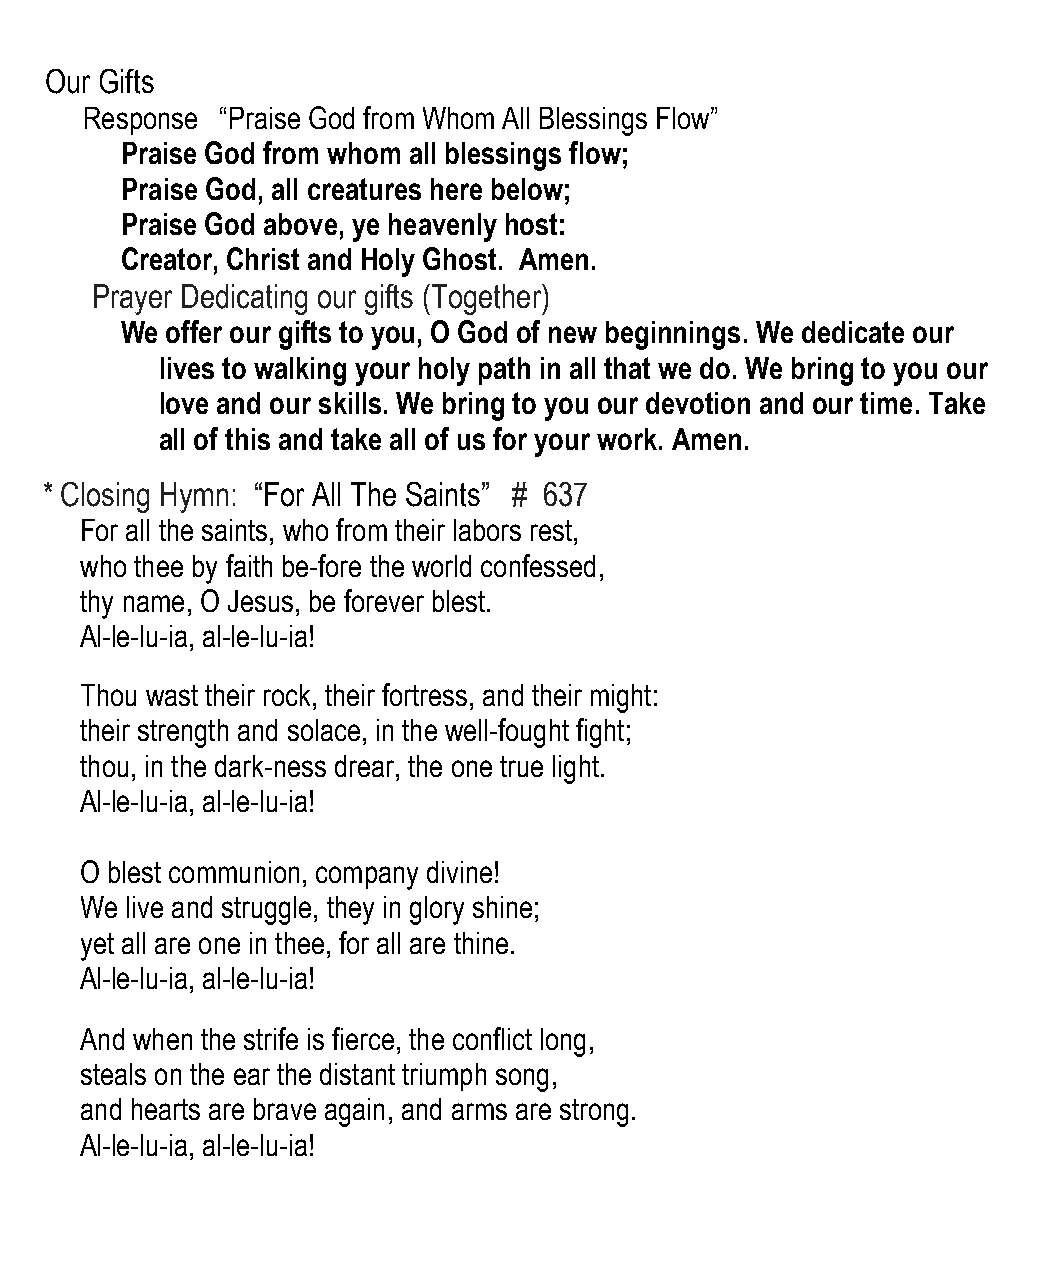
Our Gifts
 Response  “Praise God from Whom All Blessings Flow”
 Praise God from whom all blessings flow;
 Praise God, all creatures here below;
 Praise God above, ye heavenly host:
 Creator, Christ and Holy Ghost. Amen.
 Prayer Dedicating our gifts (Together)
 We offer our gifts to you, O God of new beginnings. We dedicate our
 lives to walking your holy path in all that we do. We bring to you our
 love and our skills. We bring to you our devotion and our time. Take
 all of this and take all of us for your work. Amen.
 * Closing Hymn: “For All The Saints” # 637
 For all the saints, who from their labors rest,
 who thee by faith be-fore the world confessed,
 thy name, O Jesus, be forever blest.
 Al-le-lu-ia, al-le-lu-ia!
 Thou wast their rock, their fortress, and their might:
 their strength and solace, in the well-fought fight;
 thou, in the dark-ness drear, the one true light.
 Al-le-lu-ia, al-le-lu-ia!
 O blest communion, company divine!
 We live and struggle, they in glory shine;
 yet all are one in thee, for all are thine.
 Al-le-lu-ia, al-le-lu-ia!
 And when the strife is fierce, the conflict long,
 steals on the ear the distant triumph song,
 and hearts are brave again, and arms are strong.
 Al-le-lu-ia, al-le-lu-ia!